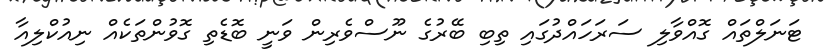
ޓަނަލްތައް ގޮއްވާލި ސަރަހައްދުގައި ތިބި ބޭރުގެ ނޫސްވެރިން ވަނީ ބޮޑެތި ގޮވުންތަކެއް ނިއުކްލިއާ